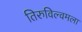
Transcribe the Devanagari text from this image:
तिरुविल्वमला